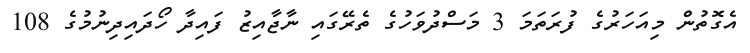
އެގޮތުން މިއަހަރުގެ ފުރަތަމަ 3 މަސްދުވަހުގެ ތެރޭގައި ނާޖާއިޒު ފައިދާ ހޯދައިދިނުމުގެ 108